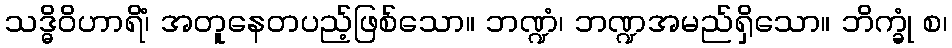
သဒ္ဓိဝိဟာရိံ၊ အတူနေတပည့်ဖြစ်သော။ ဘဏ္ဍံ၊ ဘဏ္ဍအမည်ရှိသော။ ဘိက္ခုံ စ၊